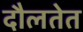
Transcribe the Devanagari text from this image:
दौलतेत